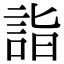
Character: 詣